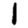
Digit: 1